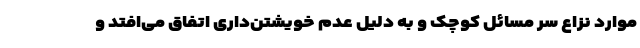
موارد نزاع سر مسائل کوچک و به دلیل عدم خویشتن‌داری اتفاق می‌افتد و